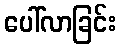
ပေါ်လာခြင်း